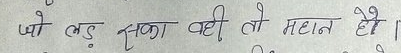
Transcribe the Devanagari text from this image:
जो लड़ सका वही तो महान है।